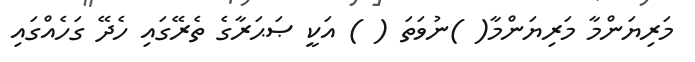
މަރިޔަންމާ މަރިޔަންމާ( )ނުވަތަ ( ) އަކީ ޞަޙަރާގެ ތެރޭގައި ހެދޭ ގަހެއްގައި